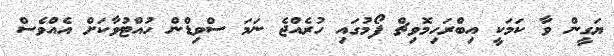
ޔަގީން ވާ ކަމަކީ އިބްރަހިމޮވިޗް ފޯމުގައި ހުރެއްޖެ ނަމަ ސްވިޑްން ހުއްޓުވާކަށް އެއްވެސް